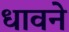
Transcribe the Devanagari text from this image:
धावने